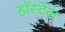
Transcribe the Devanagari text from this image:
हॉस्टेल